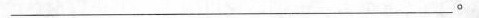
___。